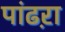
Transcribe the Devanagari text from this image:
पांढऱा